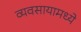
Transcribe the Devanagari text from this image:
व्यवसायामध्ये